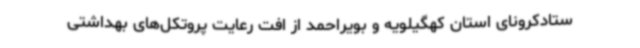
ستادکرونای استان کهگیلویه و بویراحمد از افت رعایت پروتکل‌های بهداشتی